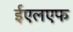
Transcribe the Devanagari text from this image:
ईएलएफ